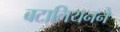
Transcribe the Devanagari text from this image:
बटालियनने